Punjab Mental Hospital Lahore 1932-46 - 1932-1946
Year: 1932
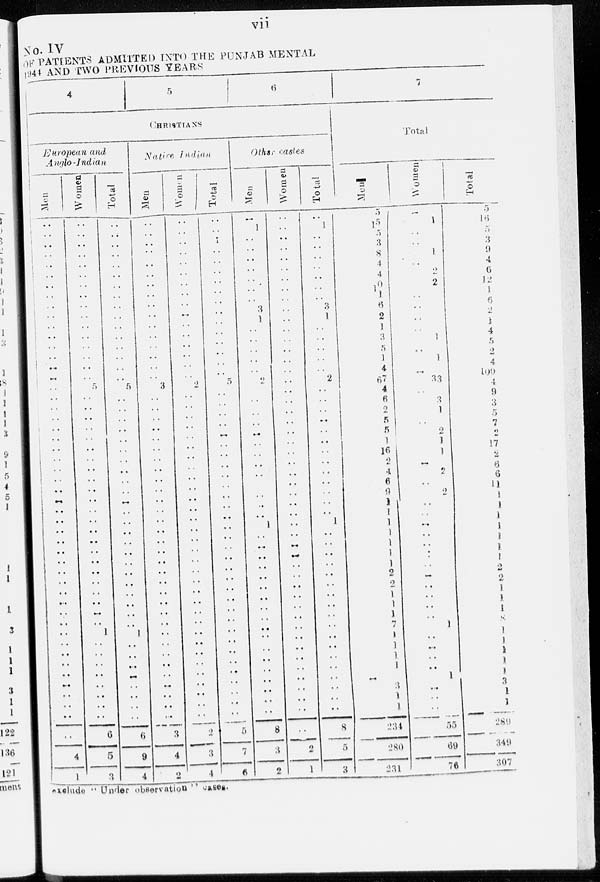
vii
No. IV
OF PATIENTS ADMITTED INTO THE PUNJAB MENTAL
1944 AND TWO PREVIOUS YEARS
4
5
6
CHRISTIANS
European and
Anglo -Indian
Men
..
..
..
..
..
..
..
..
..
..
..
..
..
..
..
..
..
..
..
..
..
..
..
..
..
..
..
..
..
..
..
..
..
..
..
..
..
..
..
..
..
..
..
..
..
..
..
..
..
..
..
4
1
Women
..
..
..
..
..
..
..
..
..
..
..
..
..
..
..
..
5
..
..
..
.. ..
..
..
..
..
..
..
..
..
..
..
..
..
..
..
..
..
..
..
..
1
..
..
..
..
..
..
..
..
6
5
3
Total
..
..
..
..
..
..
..
..
..
..
..
..
..
..
..
..
5
..
..
..
..
..
..
..
..
..
..
..
..
..
..
..
..
..
..
..
..
..
..
..
..
1
..
..
..
..
..
..
..
..
6
9
4
Native Indian
Men
..
..
..
..
..
..
..
..
..
..
..
..
..
..
..
..
3
..
..
..
..
..
..
..
....
..
..
..
..
..
..
..
..
..
..
..
..
..
..
..
..
..
..
..
..
..
....
..
..
..
3
4
2
Women
..
..
..
..
..
..
..
..
..
..
..
..
..
..
..
..
2
..
..
..
..
..
..
..
..
..
..
..
..
..
..
..
..
..
..
..
..
..
..
..
..
..
..
..
..
..
..
..
..
2
3
4
Tot al
..
..
1
..
..
..
..
..
..
..
..
..
..
..
..
..
5
..
..
..
..
..
..
..
..
..
..
..
..
..
..
..
..
..
..
..
..
..
..
..
..
..
..
..
..
..
..
..
..
5
7
6
Other castes
Men
..
1
..
. .
..
..
..
..
..
3
l
..
..
..
..
..
2
..
..
.
..
..
..
..
..
..
..
..
..
..
1
..
..
..
..
..
..
..
..
..
..
..
..
..
..
..
..
..
..
8
3
2
Women
..
..
..
..
..
..
..
..
..
..
..
..
..
..
..
..
..
..
..
..
..
..
..
..
..
..
..
..
..
..
..
..
..
..
..
..
..
..
..
..
..
..
..
..
..
..
..
..
..
..
2
1
Total
..
1
..
..
..
..
..
..
..
3
1
..
..
..
..
..
2
..
..
..
..
..
..
..
..
..
..
..
..
..
1
..
..
..
..
..
..
..
..
..
..
..
..
..
..
..
..
..
..
8
5
3
7
Total
Men
5
15
5
3
8
4
4
10
1
6
2
1
3
5
1
4
67
4
6
2
5
5
1
16
2
4
6
9
1
1
1
1
1
1
1
2
2
1
1
1
7
1
1
1
1
..
3
1
1
234
280
231
Women
..
1
..
..
1
..
2
2
..
..
..
..
1
..
1
..
33
..
3
1
..
2
1
1
..
2
..
2
..
..
..
..
..
..
..
..
..
..
..
..
1
..
..
..
..
1
..
..
..
55
69
76
Total
5
16
5
3
9
4
6
12
1
6
2
1
4
5
2
4
109
4
9
3
5
7
2
17
2
6
6
11
1
1
1
1
1
1
1
2
2
1
1
1
8
1
1
1
1
1
3
1
1
289
349
307
exclude ''Under observation '' cases.